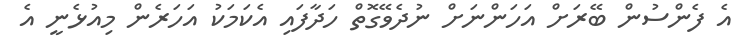
އެ ފެންސުން ބޭރަށް އަހަންނަށް ނުދެވޭގޮތް ހަދާފައި އެކަމަކު އަހަރެން މިއުޅެނީ އެ